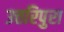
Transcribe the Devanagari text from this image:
उत्तरिपुरा